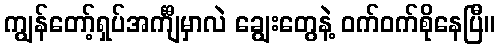
ကျွန်တော့်ရှပ်အင်္ကျီမှာလဲ ချွေးတွေနဲ့ ဝက်ဝက်စိုနေပြီ။